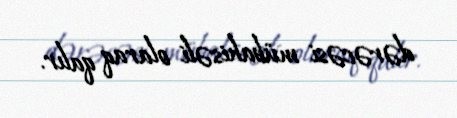
dərəcəsi mübahisəli olaraq qalır.